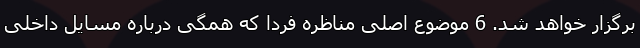
برگزار خواهد شد. 6 موضوع اصلی مناظره فردا که همگی درباره مسایل داخلی